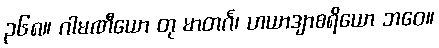
၃၆၈။ ဂါမဏီယော တု မာတင်္ဂ၊ ဟယာဒျာစရိယော ဘဝေ။